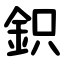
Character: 鉙